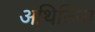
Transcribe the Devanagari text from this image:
अथितिना